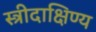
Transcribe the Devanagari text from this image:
स्त्रीदाक्षिण्य